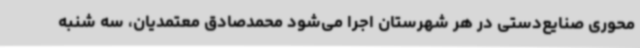
محوری صنایع‌دستی در هر شهرستان اجرا می‌شود محمدصادق معتمدیان، سه شنبه